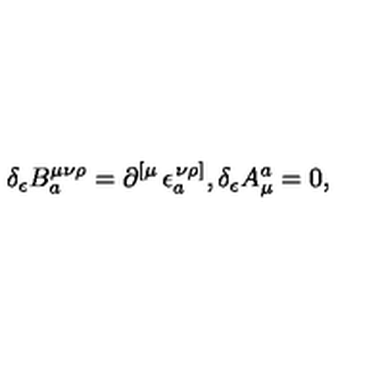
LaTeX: \delta _ { \epsilon } B _ { a } ^ { \mu \nu \rho } = \partial _ { } ^ { \left[ \mu \right. } \epsilon _ { a } ^ { \left. \nu \rho \right] } , \delta _ { \epsilon } A _ { \mu } ^ { a } = 0 ,